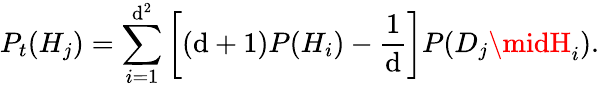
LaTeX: P_{t}(H_{j})=\sum_{i=1}^{\mathrm{d}^{2}}\left[(\mathrm{d}+1)P(H_{i})-{\frac{{1}}{{\mathrm{d}}}}\right]P(D_{j}\midH_{i}).